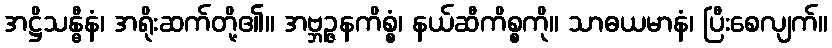
အဋ္ဌိသန္ဓီနံ၊ အရိုးဆက်တို့၏။ အဗ္ဘဉ္ဇနကိစ္စံ၊ နယ်ဆီကိစ္စကို။ သာဓယမာနံ၊ ပြီးစေလျက်။